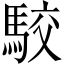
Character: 駮